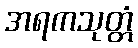
အရကသုတ္တံ